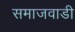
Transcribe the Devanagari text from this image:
समाजवाडी